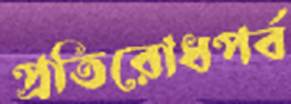
প্রতিরোধপর্ব